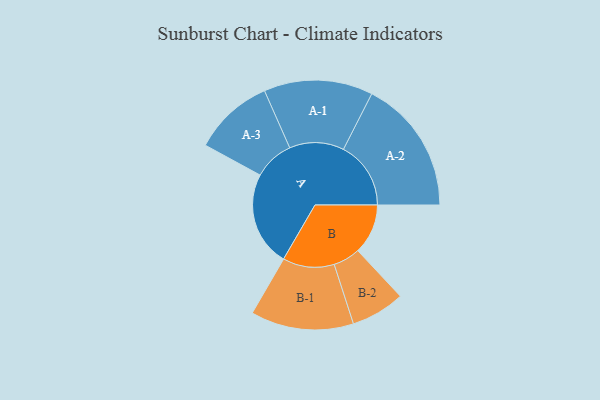
{"axis": {"x": "Segment", "y": "Value"}, "legend": ["", "A", "B"], "data": [{"x": "A", "y": 351, "type": ""}, {"x": "B", "y": 186, "type": ""}, {"x": "A-1", "y": 202, "type": "A"}, {"x": "A-2", "y": 250, "type": "A"}, {"x": "A-3", "y": 149, "type": "A"}, {"x": "B-1", "y": 191, "type": "B"}, {"x": "B-2", "y": 100, "type": "B"}]}